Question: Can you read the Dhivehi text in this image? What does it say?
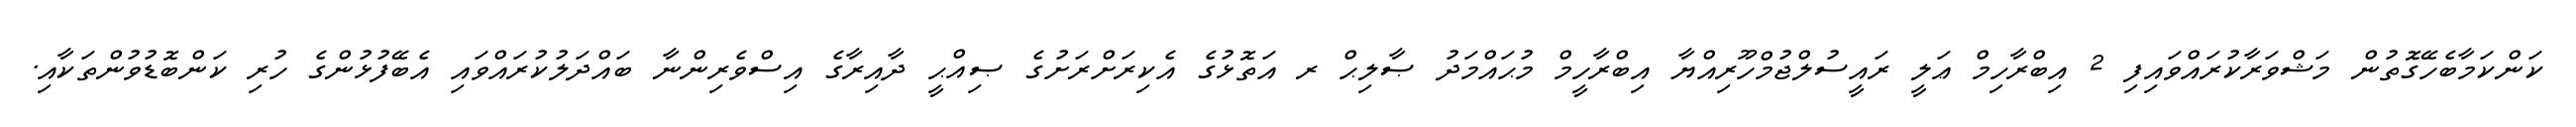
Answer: ކަންކަމާބެހޭގޮތުން މަޝްވަރާކުރައްވައިފި 2 އިބްރާހިމް ޢަލީ ރައީސުލްޖުމްހޫރިއްޔާ އިބްރާހީމް މުޙައްމަދު ޞާލިޙް ރ އަތޮޅުގެ އެކިރަށްރަށުގެ ޞިއްޙީ ދާއިރާގެ އިސްވެރިންނާ ބައްދަލުކުރައްވައި އެބޭފުޅުންގެ ހުރި ކަންބޮޑުވުންތަކާއި.